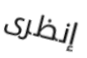
إنظرى